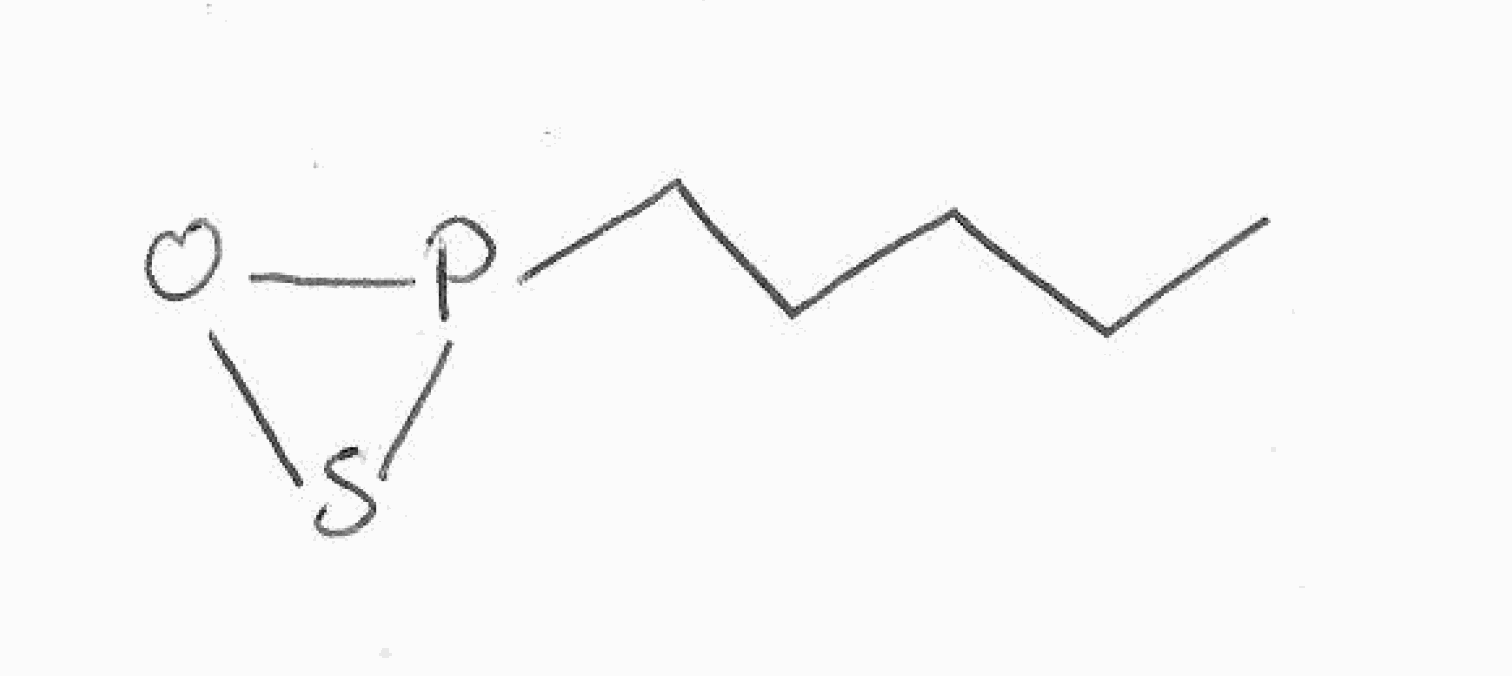
Simplified molecular-input line-entry system (SMILES) notation of the given molecule:
CCCCCP1OS1